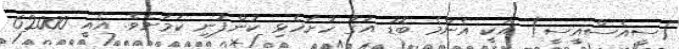
(ސީއެސްއީސީ) އަކީ އެންމެ ބޮޑު އަގު ހުށަހެޅި ކުންފުނި ކަމަށެވެ. އެއީ 62000